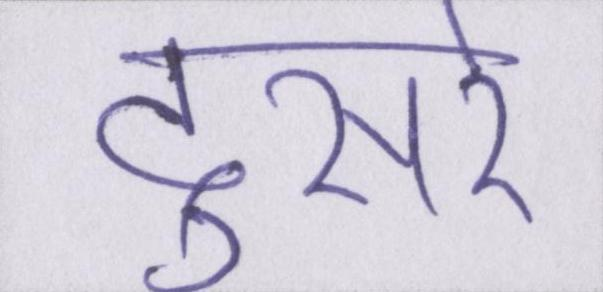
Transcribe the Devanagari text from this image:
दूसरे